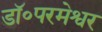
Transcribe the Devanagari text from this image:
डॉ॰परमेश्वर